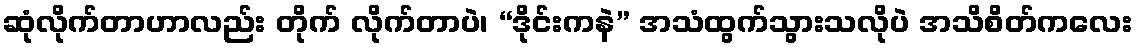
ဆုံလိုက်တာဟာလည်း တိုက် လိုက်တာပဲ၊ “ဒိုင်းကနဲ” အသံထွက်သွားသလိုပဲ အသိစိတ်ကလေး